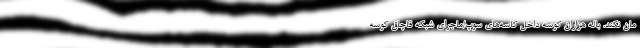
مان نکند. باله هزاران کوسه داخل کاسه‌های سوپ/ماجرای شبکه قاچاق کوسه